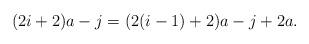
LaTeX: \begin{align*}(2i+2) a - j & = (2(i-1)+2) a - j + 2 a. \end{align*}